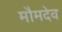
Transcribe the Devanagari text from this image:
मौमदेव